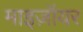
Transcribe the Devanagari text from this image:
माइज़ॉयर